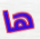
ها